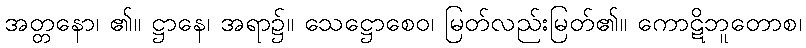
အတ္တနော၊ ၏။ ဋ္ဌာနေ၊ အရာ၌။ သေဋ္ဌောစေဝ၊ မြတ်လည်းမြတ်၏။ ကောဋိဘူတောစ၊